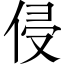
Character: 侵